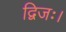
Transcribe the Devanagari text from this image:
द्विजः।